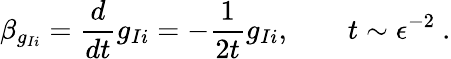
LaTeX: \beta_{g_{Ii}}=\frac{d}{dt}g_{Ii}=-\frac{1}{2t}g_{Ii},\qquad t\sim\epsilon^{-2}~.